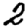
Digit: 2